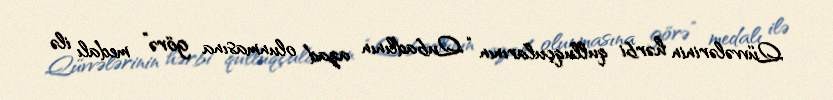
Qüvvələrinin hərbi qulluqçularının “Qubadlının azad olunmasına görə” medalı ilə